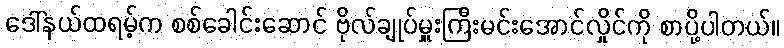
ဒေါ်နယ်ထရမ့်က စစ်ခေါင်းဆောင် ဗိုလ်ချုပ်မှူးကြီးမင်းအောင်လှိုင်ကို စာပို့ပါတယ်။